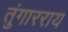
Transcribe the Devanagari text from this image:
तुंगारराय